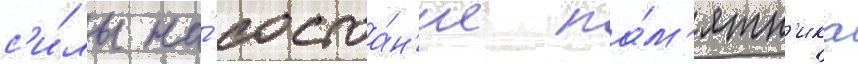
с'и́лы на́ состоа́н'ие па́м'ятн'ика